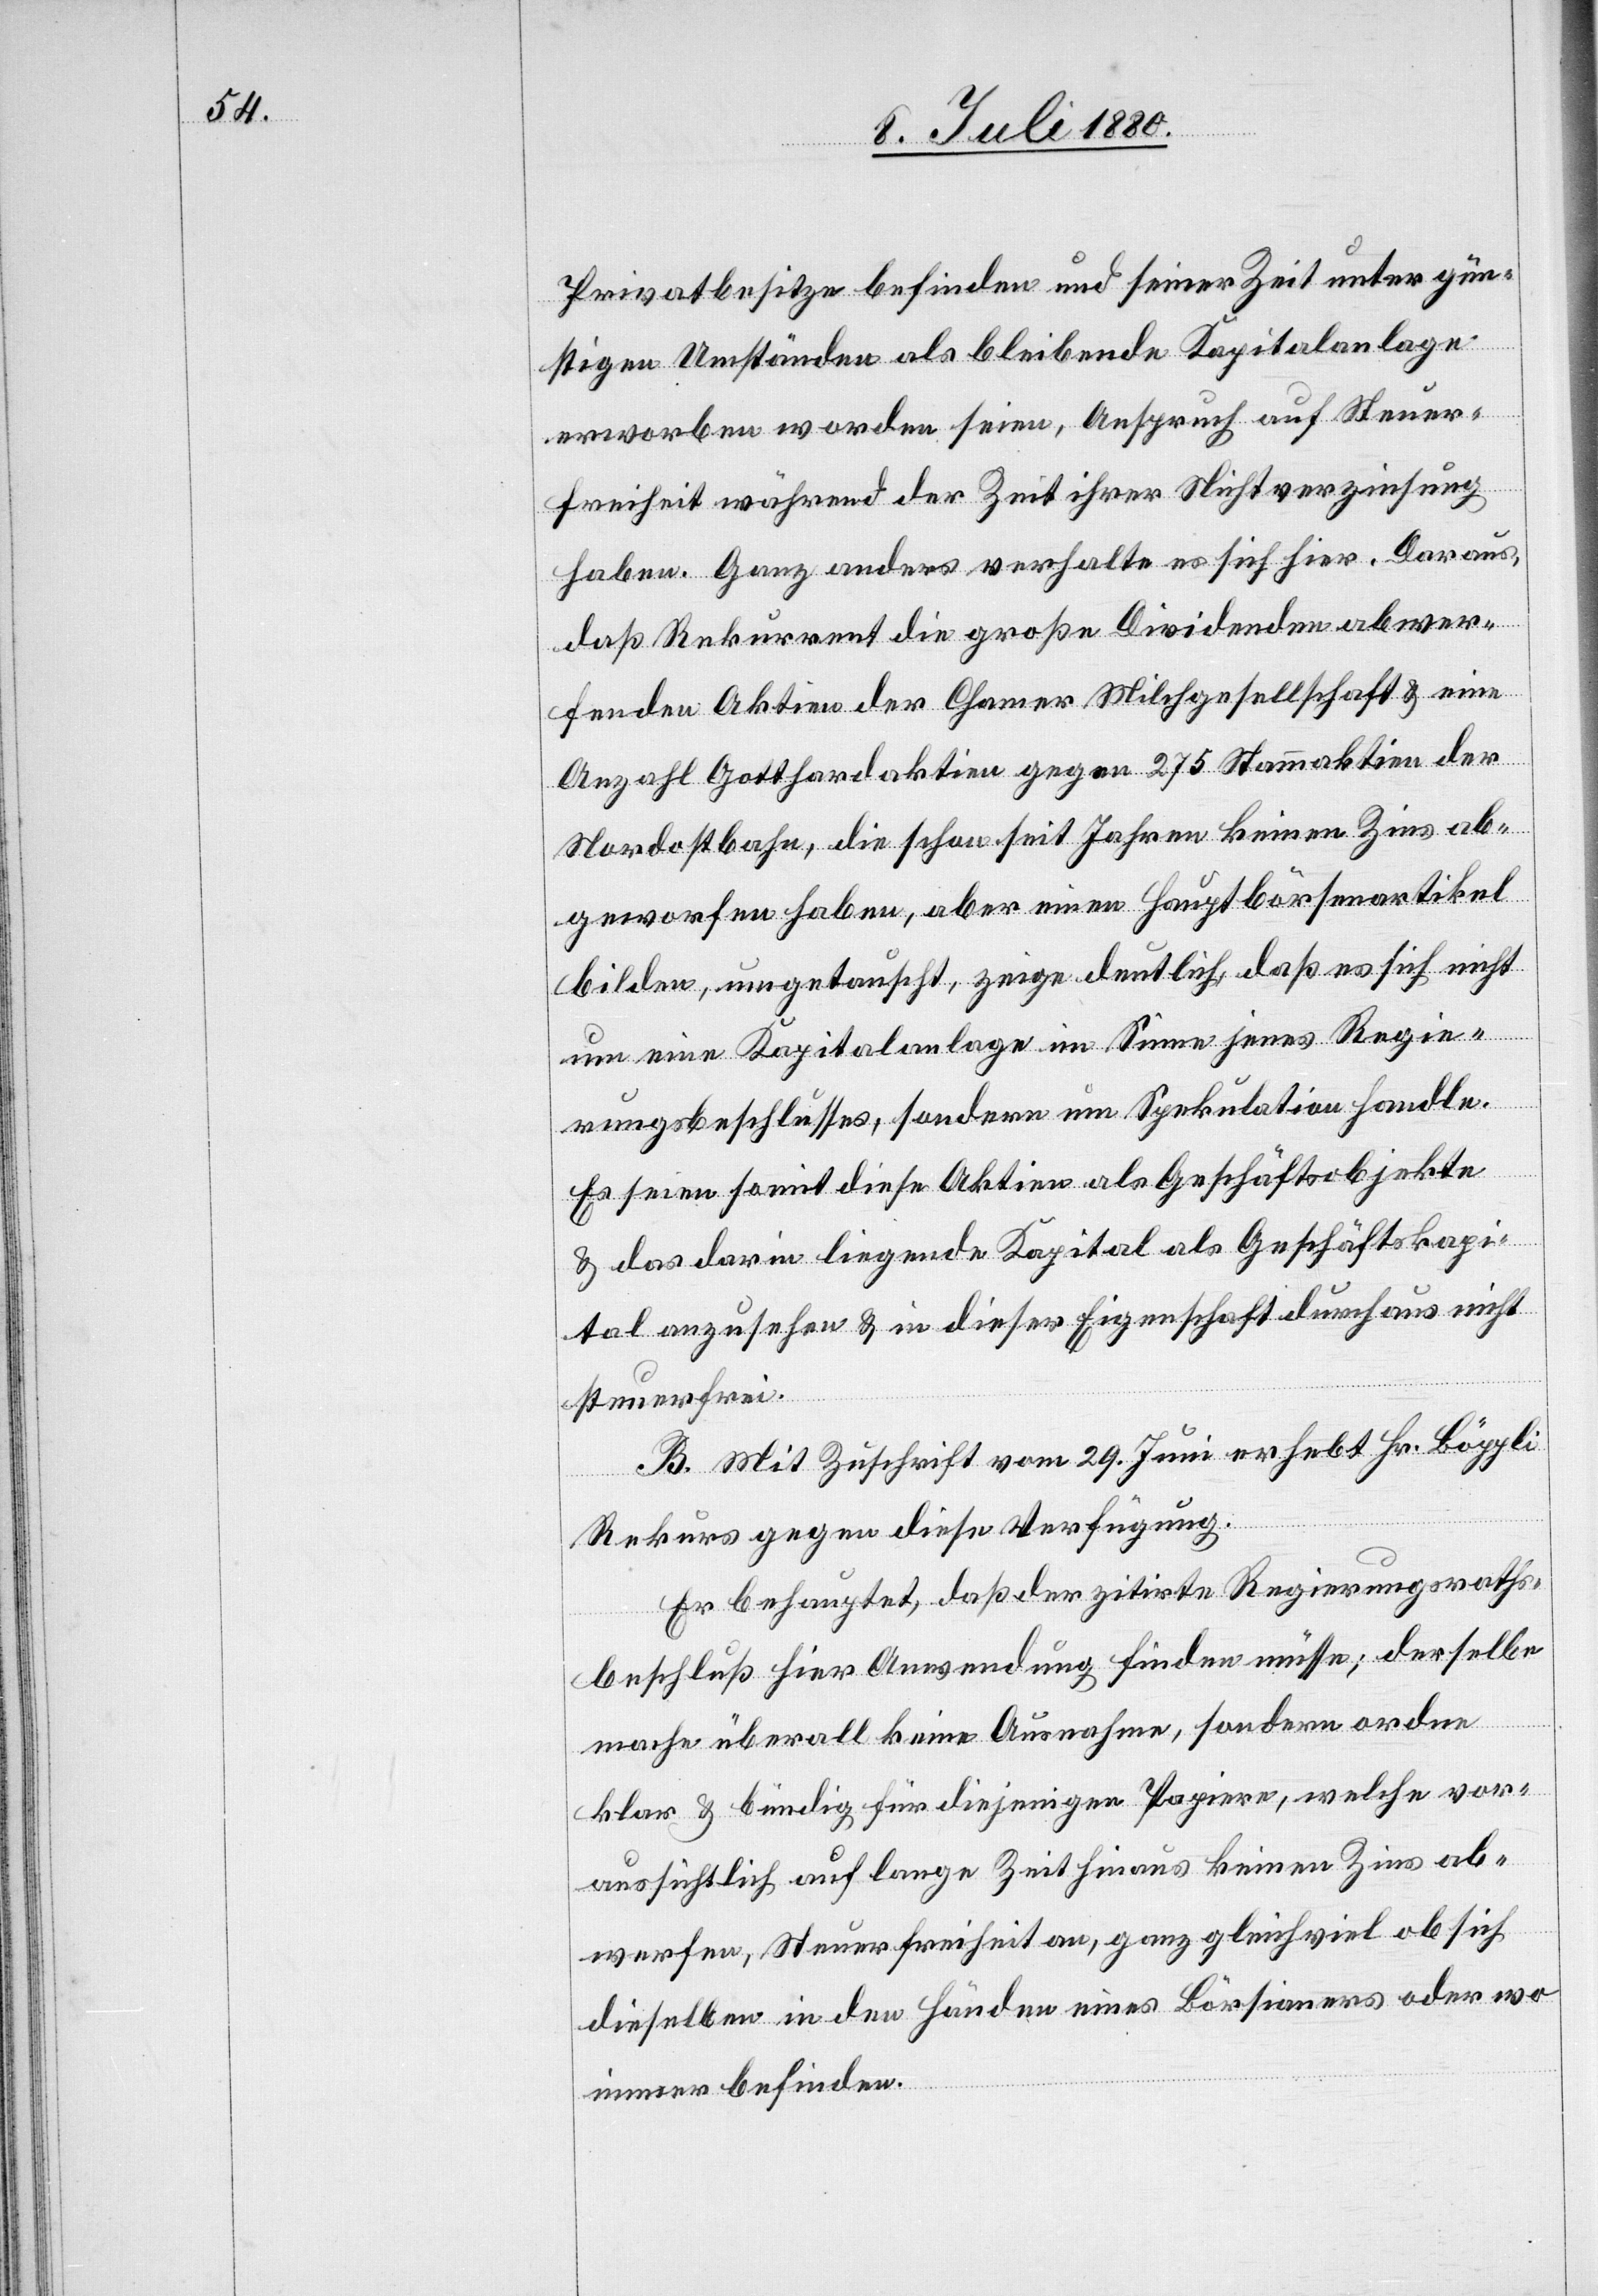
Privatbesitze befinden und seiner Zeit unter gün¬
stigen Umständen als bleibende Kapitalanlage
erworben worden seien, Anspruch auf Steuer¬
freiheit während der Zeit ihrer Nichtverzinsung
haben. Ganz anders verhalte es sich hier. Daraus,
daß Rekurrent die große Dividenden abwer¬
fenden Aktien der Chamer Milchgesellschaft & eine
Anzahl Gotthardaktien gegen 275 Stammaktien der
Nordostbahn, die schon seit Jahren keinen Zins ab¬
geworfen haben , aber einen Hauptbörsenartikel
bilden, umgetauscht, zeige deutlich, daß es sich nicht
um eine Kapitalanlage im Sinne jenes Regie¬
rungsbeschlusses, sondern um Spekulation handle.
Es seien somit diese Aktien als Geschäftsobjekte
& das darin liegende Kapital als Geschäftskapi¬
tal anzusehen & in dieser Eigenschaft durchaus nicht
steuerfrei.
B. Mit Zuschrift vom 29. Juni erhebt Hr. Böppli
Rekurs gegen diese Verfügung.
Er begründet, daß der zitirte Regierungsraths¬
beschluß hier Anwendung finden müsse; derselbe
mache überall keine Ausnahme, sondern ordne
klar & bündig für diejenigen Papiere, welche vor¬
aussichtlich auf lange Zeit hinaus keinen Zins ab¬
werfen, Steuerfreiheit an, ganz gleichviel ob sich
dieselben in den Händen eines Börsianers oder wo
immer befinden.